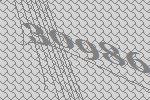
30986